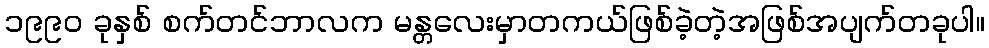
၁၉၉၀ ခုနှစ် စက်တင်ဘာလက မန္တလေးမှာတကယ်ဖြစ်ခဲ့တဲ့အဖြစ်အပျက်တခုပါ။